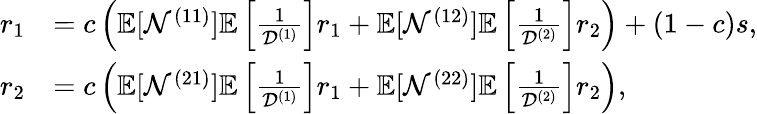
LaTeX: \begin{array}{rl}{r_{1}}&{=c\left(\mathbb{E}[\mathcal{N}^{(11)}]\mathbb{E}\left[\frac{1}{\mathcal{D}^{(1)}}\right]r_{1}+\mathbb{E}[\mathcal{N}^{(12)}]\mathbb{E}\left[\frac{1}{\mathcal{D}^{(2)}}\right]r_{2}\right)+(1-c)s,}\\ {r_{2}}&{=c\left(\mathbb{E}[\mathcal{N}^{(21)}]\mathbb{E}\left[\frac{1}{\mathcal{D}^{(1)}}\right]r_{1}+\mathbb{E}[\mathcal{N}^{(22)}]\mathbb{E}\left[\frac{1}{\mathcal{D}^{(2)}}\right]r_{2}\right),}\end{array}